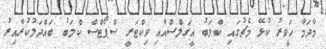
މާދަމާ ހަވީރު ކުޅޭ މެޗުގައި ކްލަބު އީގަލްސްއާއި ވިކްޓަރީ ސްޕޯޓްސް ކްލަބު ބައްދަލުކުރާއިރު